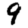
Digit: 9